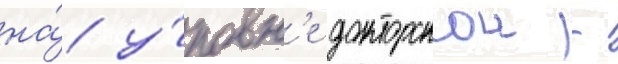
на́ у́ровн'е докторскои -